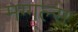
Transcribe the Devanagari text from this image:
मग्गल्स